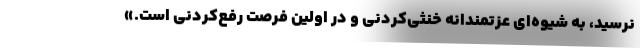
نرسید، به شیوه‌ای عزتمندانه خنثی‌کردنی و در اولین فرصت رفع‌کردنی است.»